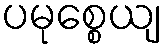
ပမုစ္စေယျ